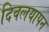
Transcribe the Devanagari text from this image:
दिवलयापन